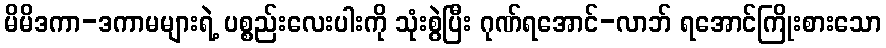
မိမိဒကာ-ဒကာမများရဲ့ ပစ္စည်းလေးပါးကို သုံးစွဲပြီး ဂုဏ်ရအောင်-လာဘ် ရအောင်ကြိုးစားသော